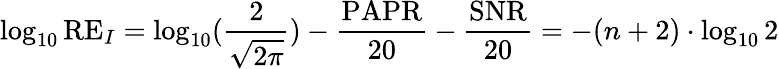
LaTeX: \log_{10}\mathrm{RE}_{I}=\log_{10}(\frac{2}{\sqrt{2\pi}})-\frac{\mathrm{PAPR}}{20}-\frac{\mathrm{SNR}}{20}=-(n+2)\cdot\log_{10}2